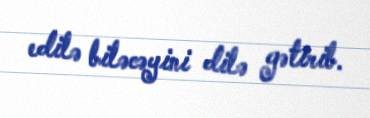
edilə biləcəyini dilə gətirib.